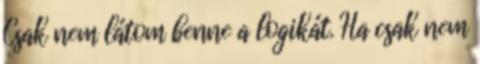
Csak nem látom benne a logikát. Ha csak nem